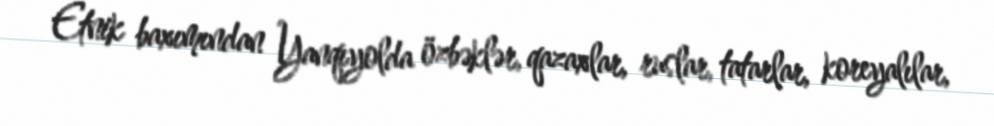
Etnik baxımından Yanqıyolda özbəklər, qazaxlar, ruslar, tatarlar, koreyalılar,